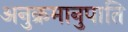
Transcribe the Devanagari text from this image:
अनुक्रमानुपाति